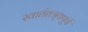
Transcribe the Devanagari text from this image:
स्वातंतत्र्यपूर्व